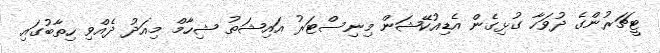
ޓީޗަރުންގެ ދުވަހާ ގުޅިގެން އެޑިއުކޭޝަން މިނިސްޓަރު އައިޝަތު ޝިހާމް މިއަދު ދެއްވި ހިތާބުގައި